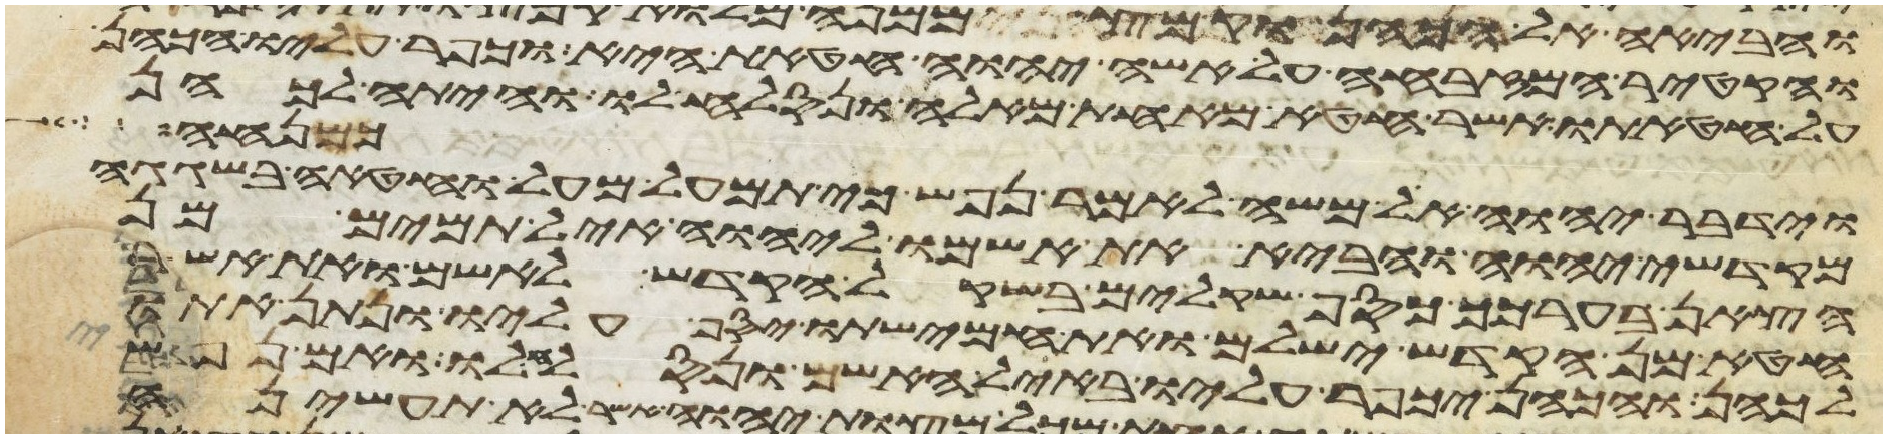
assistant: והקטיר המזבחה על אשי יהוה חטאת היא וכפר עליו הכהן
על חטאתו אשר חטא מאחת מאלה ונסלח לו והיתה לכהן
כמנחה
וידבר יהוה אל משה לאמר נפש כי תמעל מעל וחטאה בשגגה
מקדשי יהוה והביא את אשמו ליהוה איל תמים מן
הצאן בערכך כסף שקלים בשקל הקדש לאשם ואת אשר
חטא מן הקדש ישלם ואת חמישתו יסף עליו ונתן אתו
לכהן והכהן יכפר עליו באיל האשם ונסלח לו ואם נפש